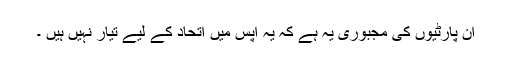
ان پارٹیوں کی مجبوری یہ ہے کہ یہ آپس میں اتحاد کے لیے تیار نہیں ہیں ۔